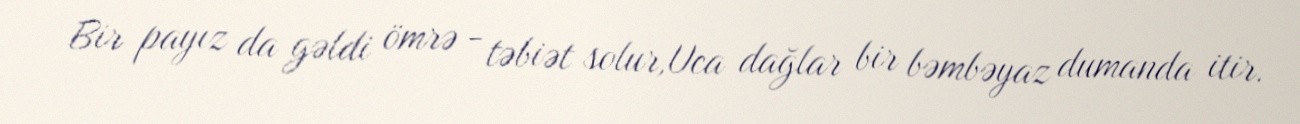
Bir payız da gəldi ömrə - təbiət solur,Uca dağlar bir bəmbəyaz dumanda itir.